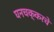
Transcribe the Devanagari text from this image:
घनचक्करचे